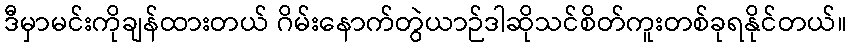
ဒီမှာမင်းကိုချန်ထားတယ် ဂိမ်းနောက်တွဲယာဉ်ဒါဆိုသင်စိတ်ကူးတစ်ခုရနိုင်တယ်။